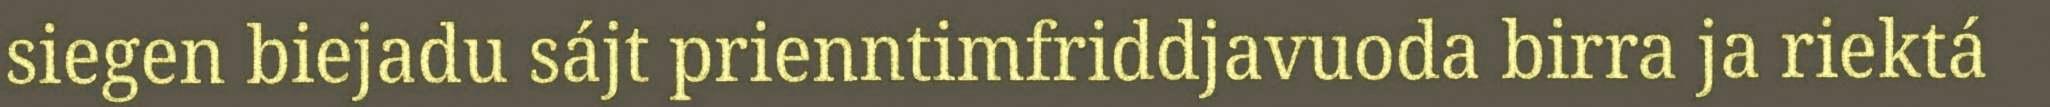
siegen biejadu sájt prienntimfriddjavuoda birra ja riektá